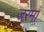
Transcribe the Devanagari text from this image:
जरमां